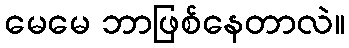
မေမေ ဘာဖြစ်နေတာလဲ။